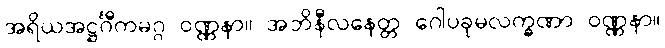
အရိယအဋ္ဌင်္ဂီကမဂ္ဂ ဝဏ္ဏနာ။ အဘိနီလနေတ္တ ဂေါပခုမလက္ခဏာ ဝဏ္ဏနာ။